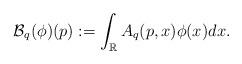
LaTeX: \begin{align*}\mathcal{B}_q(\phi)(p):=\displaystyle \int_{\mathbb{R}}A_q(p,x)\phi(x)dx.\end{align*}